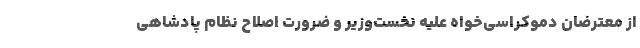
از معترضان دموکراسی‌خواه علیه نخست‌وزیر و ضرورت اصلاح نظام پادشاهی